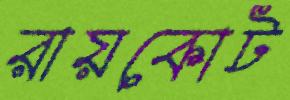
রায়কোট